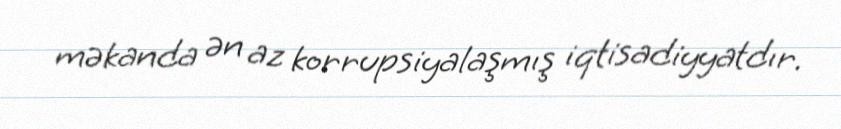
məkanda ən az korrupsiyalaşmış iqtisadiyyatdır.